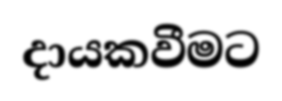
දායකවීමට